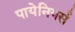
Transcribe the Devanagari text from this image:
पायेनियर्स